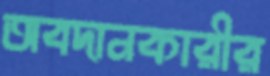
অবদানকারীর